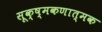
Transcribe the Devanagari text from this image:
सूक्ष्मकणात्मक